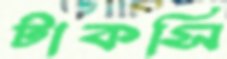
টাকসি